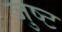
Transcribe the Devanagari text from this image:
जुष्ट